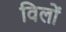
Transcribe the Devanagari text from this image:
विलों